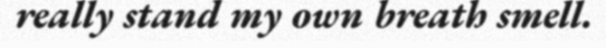
really stand my own breath smell.